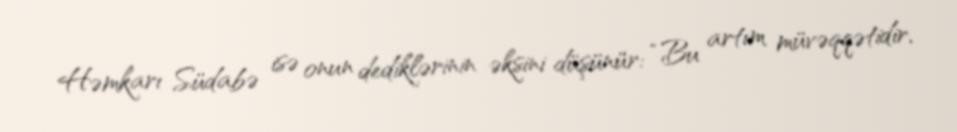
Həmkarı Südabə isə onun dediklərinin əksini düşünür: “Bu artım müvəqqətidir,